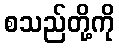
စသည်တို့ကို